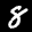
Label: 8